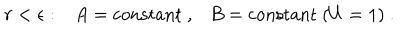
r < \epsilon : A = \mathrm { c o n s t a n t } ~ , B = \mathrm { c o n s t a n t } ~ ( U = 1 ) ~ .